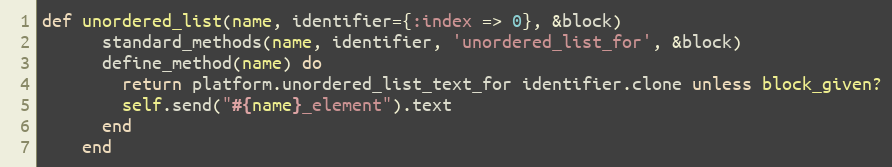
Language: Ruby
def unordered_list(name, identifier={:index => 0}, &block)
      standard_methods(name, identifier, 'unordered_list_for', &block)
      define_method(name) do
        return platform.unordered_list_text_for identifier.clone unless block_given?
        self.send("#{name}_element").text
      end
    end